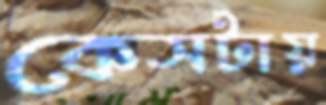
কেসটায়